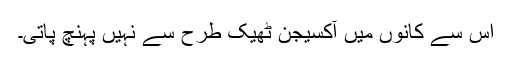
اس سے کانوں میں آکسیجن ٹھیک طرح سے نہیں پہنچ پاتی۔